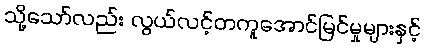
သို့သော်လည်း လွယ်လင့်တကူအောင်မြင်မှုများနှင့်